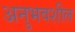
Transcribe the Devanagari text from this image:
अनुभवशील